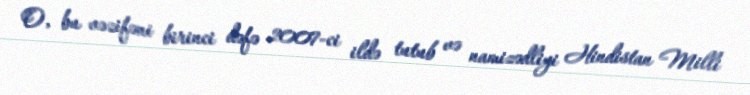
O, bu vəzifəni birinci dəfə 2007-ci ildə tutub və namizədliyi Hindistan Milli